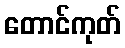
တောင်ကုတ်